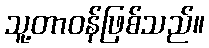
သူ့တာဝန်ဖြစ်သည်။